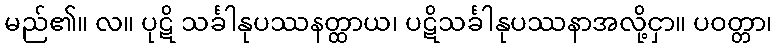
မည်၏။ လ။ ပုဋိ သင်္ခါနုပဿနတ္ထာယ၊ ပဋိသင်္ခါနုပဿနာအလို့ငှာ။ ပဝတ္တာ၊